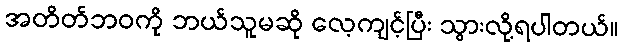
အတိတ်ဘဝကို ဘယ်သူမဆို လေ့ကျင့်ပြီး သွားလို့ရပါတယ်။